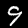
Digit: 9